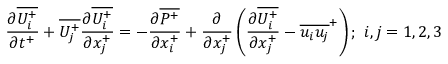
{ \frac { \partial \overline { { U _ { i } ^ { + } } } } { \partial t ^ { + } } } + \overline { { U _ { j } ^ { + } } } \frac { \partial \overline { { U _ { i } ^ { + } } } } { \partial x _ { j } ^ { + } } = - \frac { \partial \overline { { P ^ { + } } } } { \partial x _ { i } ^ { + } } + \frac { \partial } { \partial x _ { j } ^ { + } } \left( \frac { \partial \overline { { U _ { i } ^ { + } } } } { \partial x _ { j } ^ { + } } - \overline { { u _ { i } u _ { j } } } ^ { + } \right) ; ~ i , j = { 1 , 2 , 3 }